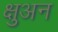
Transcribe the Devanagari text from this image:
क्षुअन